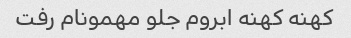
کهنه کهنه ابروم جلو مهمونام رفت